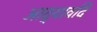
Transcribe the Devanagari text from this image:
आद्यावदि